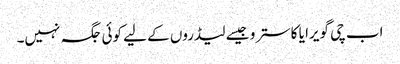
اب چی گویرا یا کاسترو جیسے لیڈروں کے لیے کوئی جگہ نہیں۔